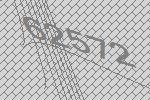
62572